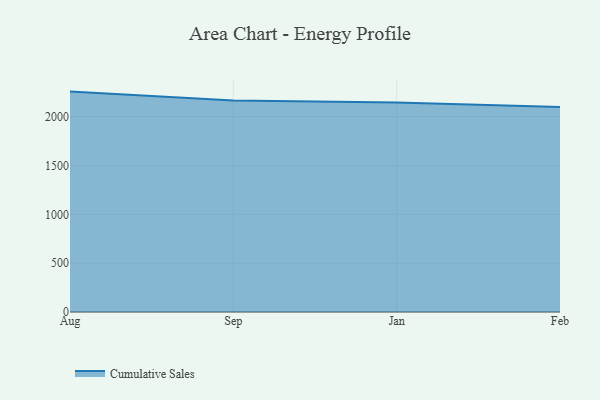
{"axis": {"x": "Month", "y": "Market Share (%)"}, "legend": ["Cumulative Sales"], "data": [{"x": "Aug", "y": 2256.6, "type": "Cumulative Sales"}, {"x": "Sep", "y": 2165.1, "type": "Cumulative Sales"}, {"x": "Jan", "y": 2144.5, "type": "Cumulative Sales"}, {"x": "Feb", "y": 2098.4, "type": "Cumulative Sales"}]}